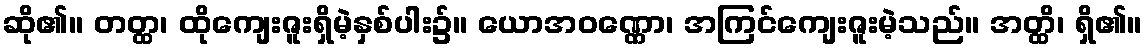
ဆို၏။ တတ္ထ၊ ထိုကျေးဇူးရှိမဲ့နှစ်ပါး၌။ ယောအဝဏ္ဏော၊ အကြင်ကျေးဇူးမဲ့သည်။ အတ္ထိ၊ ရှိ၏။